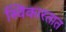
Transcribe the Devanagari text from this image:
स्विकारतात